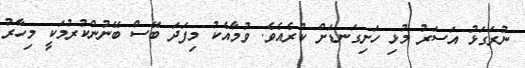
ނުރަގަޅު އަސަރު މުޅި ހަށިގަނޑަށް ކުރެއެވެ. ވުމާއެކު މިފަދަ ބޭސް ބޭނުންކުރުމަކީ މިހާރު